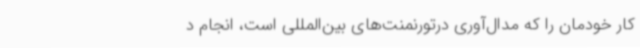
کار خودمان را که مدال‌آوری درتورنمنت‌های بین‌المللی است، انجام ‌د